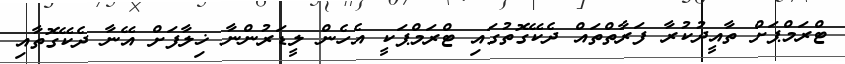
ޓްރަމްޕަށް ތާއީދުކުރާ ފަރާތްތައް ދެކޭގޮތުގައި ޓްރަމްޕަކީ އެހެން ލީޑަރުންނާ ޚިލާފަށް އޭނާ ދެކޭގޮތާއި